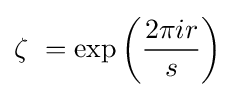
\zeta \ =\exp \left({\frac {2\pi ir}{s}}\right)